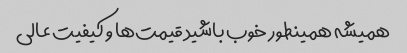
همیشه همینطور خوب باشید قیمت‌ها و کیفیت عالی